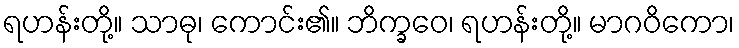
ရဟန်းတို့။ သာဓု၊ ကောင်း၏။ ဘိက္ခဝေ၊ ရဟန်းတို့။ မာဂဝိကော၊